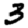
Digit: 3